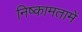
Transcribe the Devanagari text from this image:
निष्कामतामें